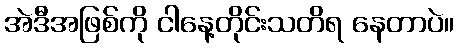
အဲဒီအဖြစ်ကို ငါနေ့တိုင်းသတိရ နေတာပဲ။